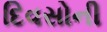
દિવસોની